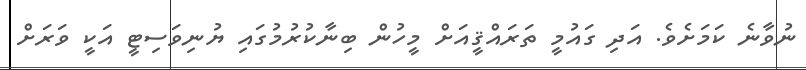
ނުވާނެ ކަމަށެވެ. އަދި ގައުމީ ތަރައްޤީއަށް މީހުން ބިނާކުރުމުގައި ޔުނިވަސިޓީ އަކީ ވަރަށް